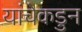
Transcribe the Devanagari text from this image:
यांचेकडुन